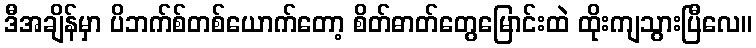
ဒီအချိန်မှာ ပိဘက်စ်တစ်ယောက်တော့ စိတ်ဓာတ်တွေမြောင်းထဲ ထိုးကျသွားပြီလေ။